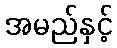
အမည်နှင့်